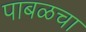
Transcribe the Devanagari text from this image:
पाबळचा